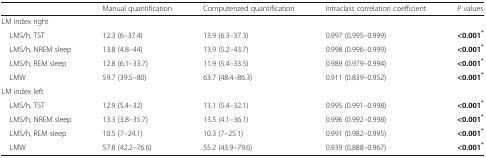
|  | Manual quantification | Computerized quantification | Intraclass correlation coefficient | P values |
 | --- | --- | --- | --- | --- |
 | <COLSPAN=5> LM index right |
 | LMS/h, TST | 12.3 (6–37.4) | 13.9 (6.3–37.3) | 0.997 (0.995–0.999) | <0.001* |
 | LMS/h, NREM sleep | 13.8 (4.8–44) | 13.9 (5.2–43.7) | 0.998 (0.996–0.999) | <0.001* |
 | LMS/h, REM sleep | 12.8 (6.1–33.7) | 11.9 (5.4–33.5) | 0.989 (0.979–0.994) | <0.001* |
 | LMW | 59.7 (39.5–80) | 63.7 (48.4–86.3) | 0.911 (0.839–0.952) | <0.001* |
 | <COLSPAN=5> LM index left |
 | LMS/h, TST | 12.9 (5.4–32) | 13.1 (5.4–32.1) | 0.995 (0.991–0.998) | <0.001* |
 | LMS/h, NREM sleep | 13.3 (3.8–35.7) | 13.5 (4.1–36.1) | 0.996 (0.992–0.998) | <0.001* |
 | LMS/h, REM sleep | 10.5 (7–24.1) | 10.3 (7–25.1) | 0.991 (0.982–0.995) | <0.001* |
 | LMW | 57.8 (42.2–76.6) | 55.2 (43.9–79.6) | 0.939 (0.888–0.967) | <0.001* |